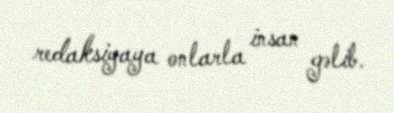
redaksiyaya onlarla insan gəlib.